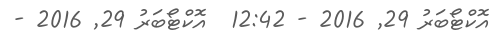
އޮކްޓޯބަރު 29